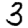
Digit: 3